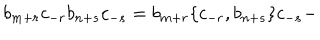
b _ { m + r } c _ { - r } b _ { n + s } c _ { - s } = b _ { m + r } \lbrace c _ { - r } , b _ { n + s } \rbrace c _ { - s } -